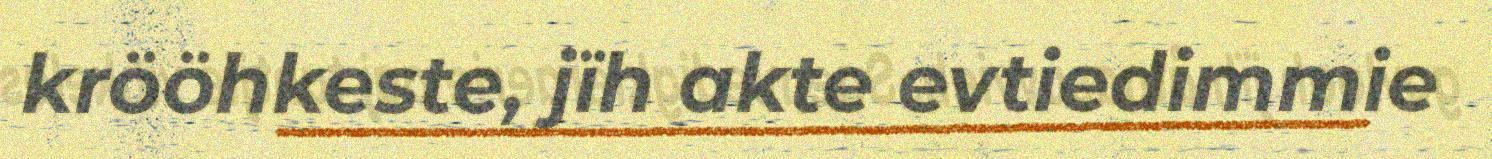
krööhkeste, jïh akte evtiedimmie